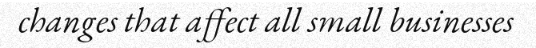
changes that affect all small businesses